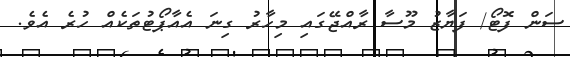
ސަން ފޮޓޯ/ ފަޔާޒު މޫސާ ރާއްޖޭގައި މިހާރު ގިނަ އެއާޕޯޓުތަކެއް ހުރެ އެވެ.